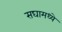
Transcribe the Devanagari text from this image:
सघामध्ये